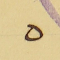
٥